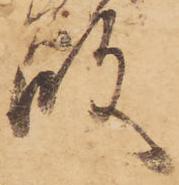
殿